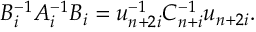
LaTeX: B _ { i } ^ { - 1 } A _ { i } ^ { - 1 } B _ { i } = u _ { n + 2 i } ^ { - 1 } C _ { n + i } ^ { - 1 } u _ { n + 2 i } .